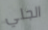
الجلي